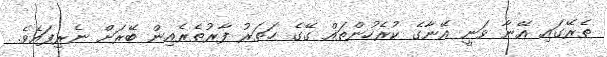
ތެރޭގައި އޭނާ ވަނީ އޭނާގެ ކުރެހުންތައް ގޭގެ ހަތަރު ފާރުތެރެއިން ބޭރަށް ނެރިފައެވެ.